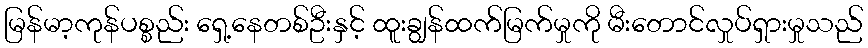
မြန်မာ့ကုန်ပစ္စည်း ရှေ့နေတစ်ဦးနှင့် ထူးချွန်ထက်မြက်မှုကို မီးတောင်လှုပ်ရှားမှုသည်